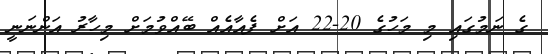
ގެ ނަމުގައި މި މަހުގެ 20-22 އަށް ފެއާއެއް ބޭއްވުމަށް މިހާރު އަންނަނީ